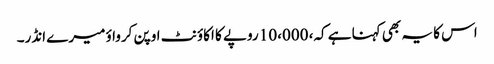
اس کا یہ بھی کہنا ہے کہ، 10،000 روپے کا اکاؤنٹ اوپن کرواؤ میرے انڈر۔